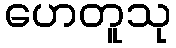
ဟေတူသု